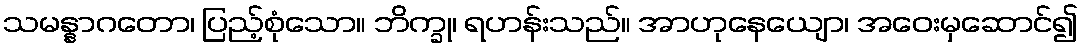
သမန္နာဂတော၊ ပြည့်စုံသော။ ဘိက္ခု၊ ရဟန်းသည်။ အာဟုနေယျော၊ အဝေးမှဆောင်၍